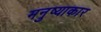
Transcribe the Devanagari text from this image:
मनुष्याकार